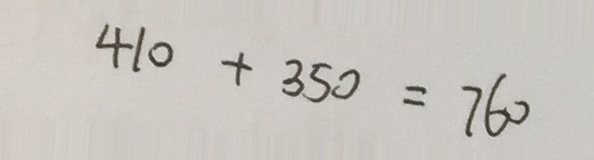
4 1 0 + 3 5 0 = 7 6 0